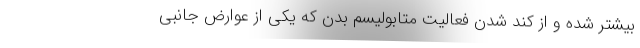
بیشتر شده و از کند شدن فعالیت متابولیسم بدن که یکی از عوارض جانبی